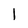
Character: 1